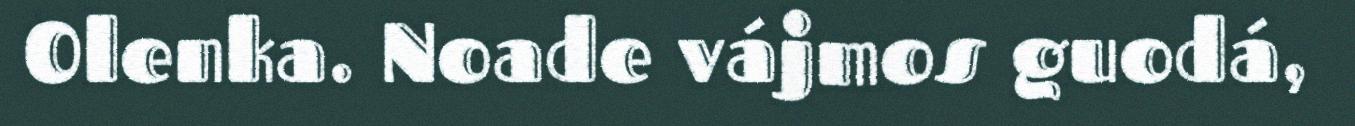
Olenka. Noade vájmos guodá,